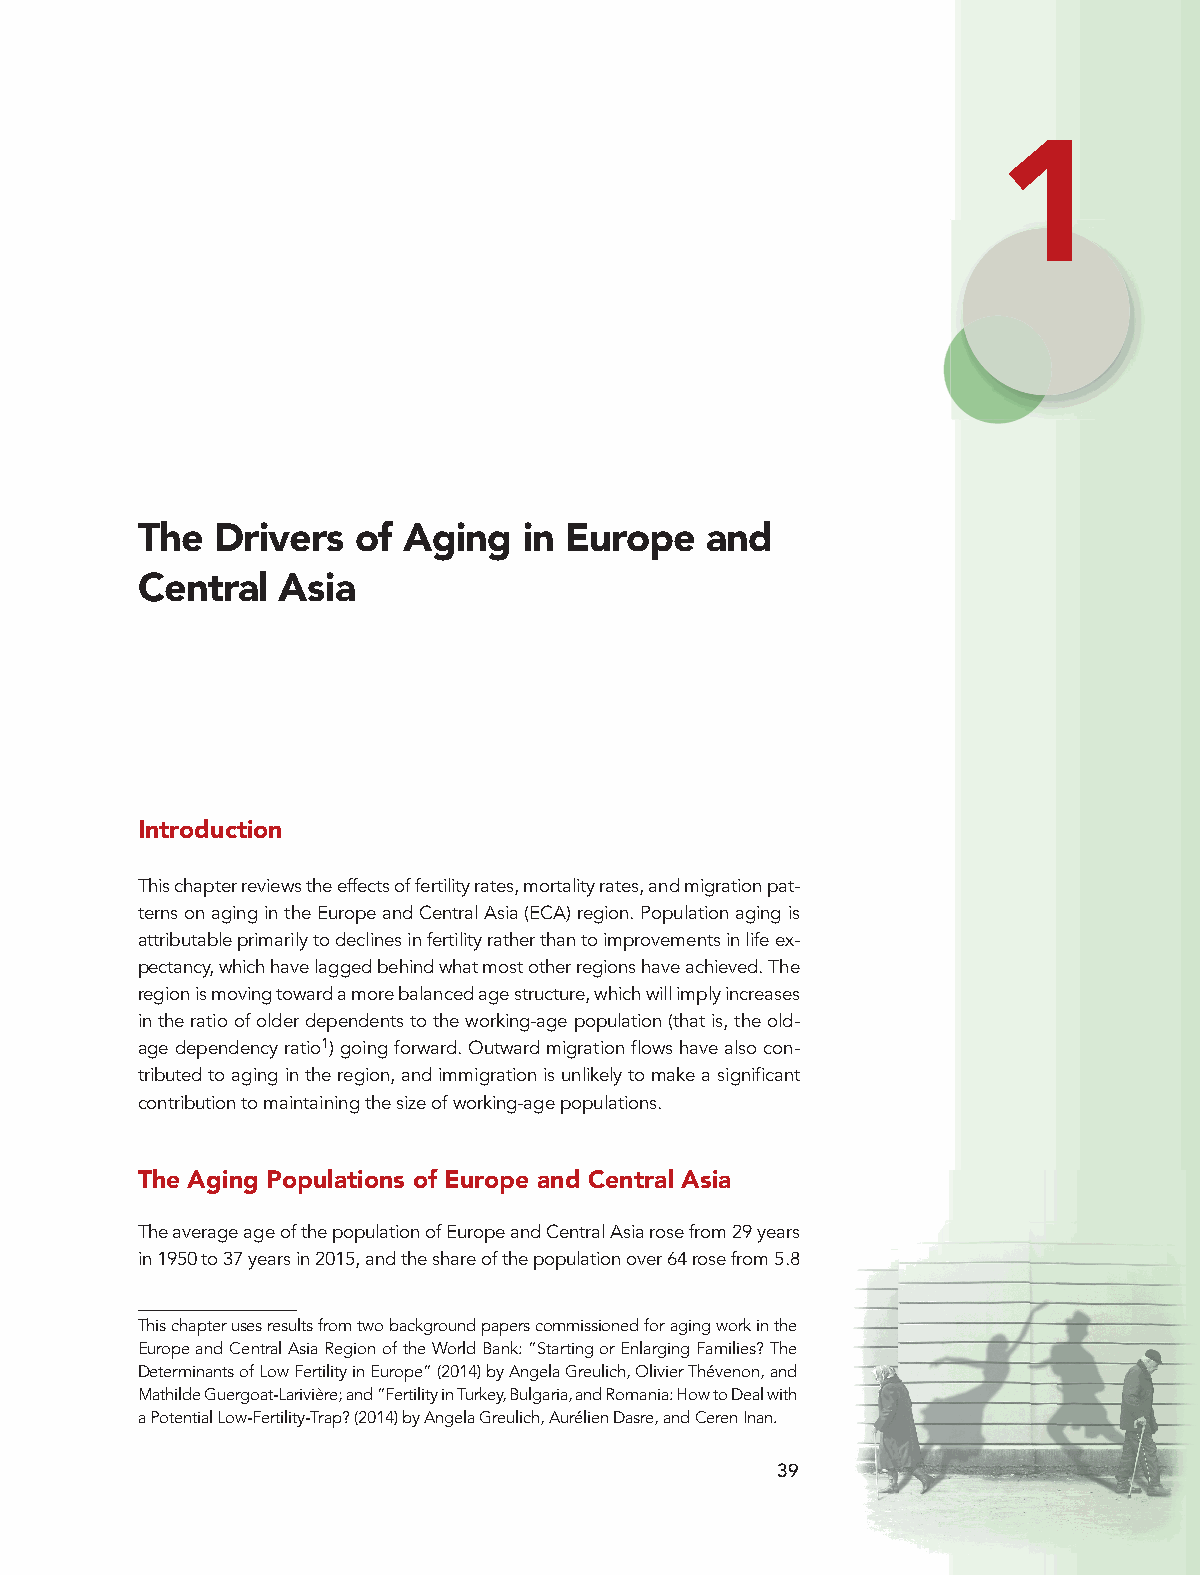
1
 The  Drivers   of Aging   in Europe   and
 Central  Asia
 Introduction
 This chapter reviews the effects of fertility rates, mortality rates, and migration pat-
 terns on aging in the Europe and Central Asia (ECA) region. Population aging is
 attributable primarily to declines in fertility rather than to improvements in life ex-
 pectancy, which have lagged behind what most other regions have achieved. The
 region is moving toward a more balanced age structure, which will imply increases
 in the ratio of older dependents to the working-age population (that is, the old-
 age dependency ratio1) going forward. Outward migration flows have also con-
 tributed to aging in the region, and immigration is unlikely to make a significant
 contribution to maintaining the size of working-age populations.
 The Aging Populations of Europe and Central Asia
 The average age of the population of Europe and Central Asia rose from 29 years
 in 1950 to 37 years in 2015, and the share of the population over 64 rose from 5.8
 This chapter uses results from two background papers commissioned for aging work in the
 Europe and Central Asia Region of the World Bank: “Starting or Enlarging Families? The
 Determinants of Low Fertility in Europe” (2014) by Angela Greulich, Olivier Thévenon, and
 Mathilde Guergoat-Larivière; and “Fertility in Turkey, Bulgaria, and Romania: How to Deal with
 a Potential Low-Fertility-Trap? (2014) by Angela Greulich, Aurélien Dasre, and Ceren Inan.
 39